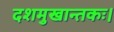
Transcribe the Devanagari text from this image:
दशमुखान्तकः।